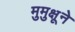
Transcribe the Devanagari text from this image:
मुमुक्षूने